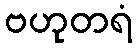
ဗဟုတရံ